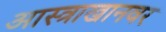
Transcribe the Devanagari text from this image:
आस्त्राखानवर